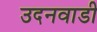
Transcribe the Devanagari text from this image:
उदनवाडी